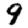
Digit: 9